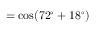
= \cos ( 7 2 ^ { \circ } + 1 8 ^ { \circ } )